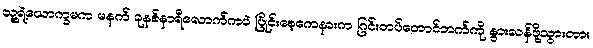
သူ့ရဲ့ယောက္ခမက မနက် ခုနစ်နာရီလောက်ကပဲ ပြိုင်းစေ့ကေနားက ဂြင်းတပ်တောင်ဘက်ကို နွားလန်ဖို့သွားတာ။